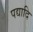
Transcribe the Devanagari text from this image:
पद्यादि